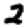
Digit: 2